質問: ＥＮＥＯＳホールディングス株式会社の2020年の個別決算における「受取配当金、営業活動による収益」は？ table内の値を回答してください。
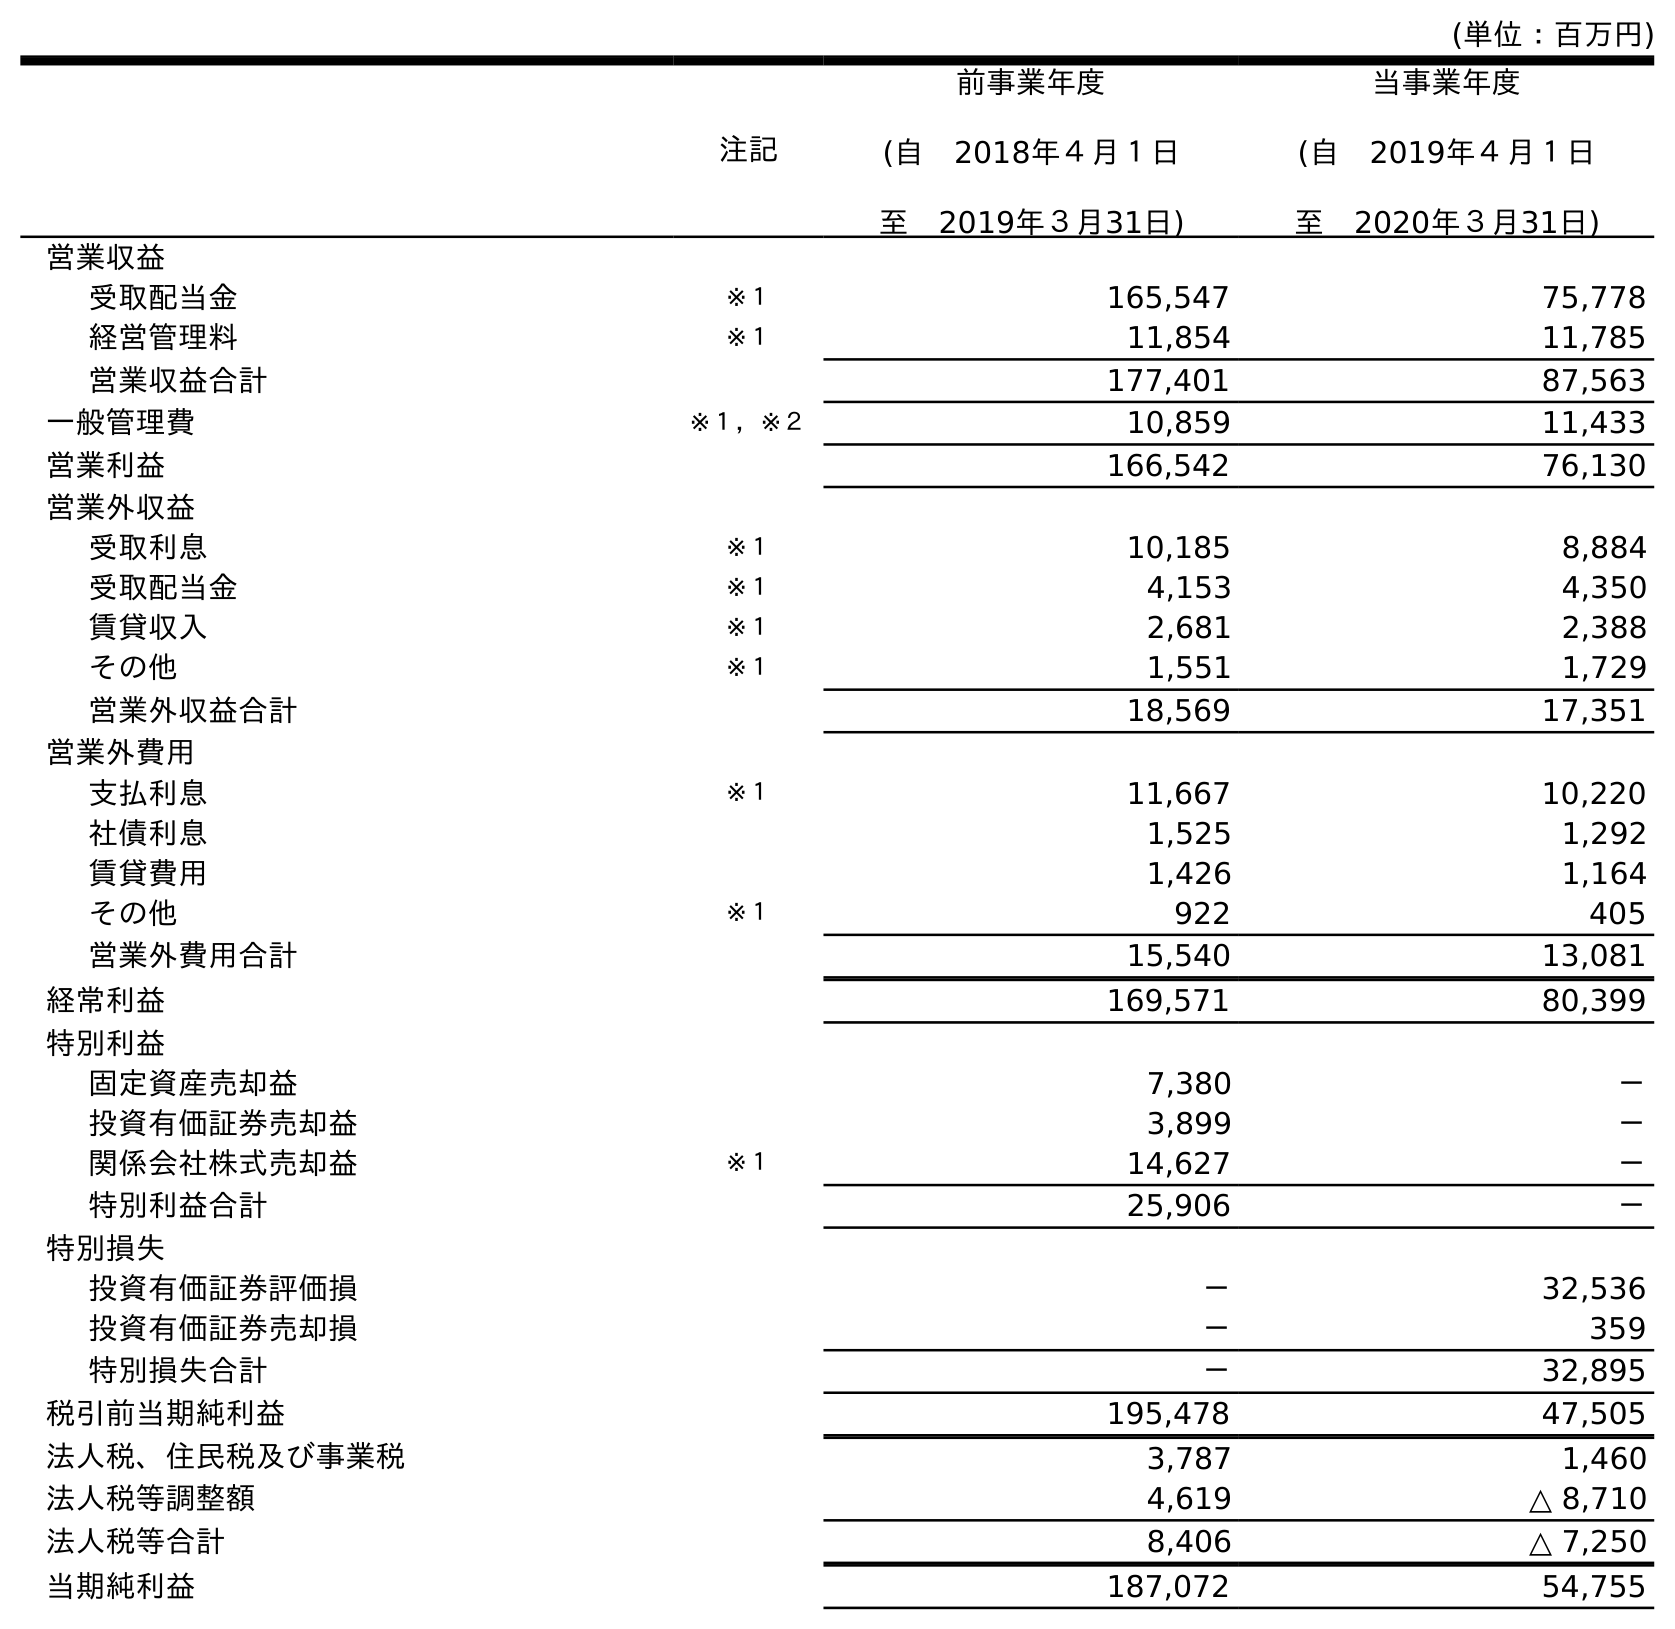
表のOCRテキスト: (単位：百万円) 注記 前事業年度 (自 2018年４月１日 至 2019年３月31日) 当事業年度 (自 2019年４月１日 至 2020年３月31日) 営業収益 受取配当金 ※１ 165,547 75,778 経営管理料 ※１ 11,854 11,785 営業収益合計 177,401 87,563 一般管理費 ※１，※２ 10,859 11,433 営業利益 166,542 76,130 営業外収益 受取利息 ※１ 10,185 8,884 受取配当金 ※１ 4,153 4,350 賃貸収入 ※１ 2,681 2,388 その他 ※１ 1,551 1,729 営業外収益合計 18,569 17,351 営業外費用 支払利息 ※１ 11,667 10,220 社債利息 1,525 1,292 賃貸費用 1,426 1,164 その他 ※１ 922 405 営業外費用合計 15,540 13,081 経常利益 169,571 80,399 特別利益 固定資産売却益 7,380 － 投資有価証券売却益 3,899 － 関係会社株式売却益 ※１ 14,627 － 特別利益合計 25,906 － 特別損失 投資有価証券評価損 － 32,536 投資有価証券売却損 － 359 特別損失合計 － 32,895 税引前当期純利益 195,478 47,505 法人税、住民税及び事業税 3,787 1,460 法人税等調整額 4,619 △ 8,710 法人税等合計 8,406 △ 7,250 当期純利益 187,072 54,755
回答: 75,778